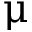
\upmu